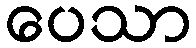
ပေသာ